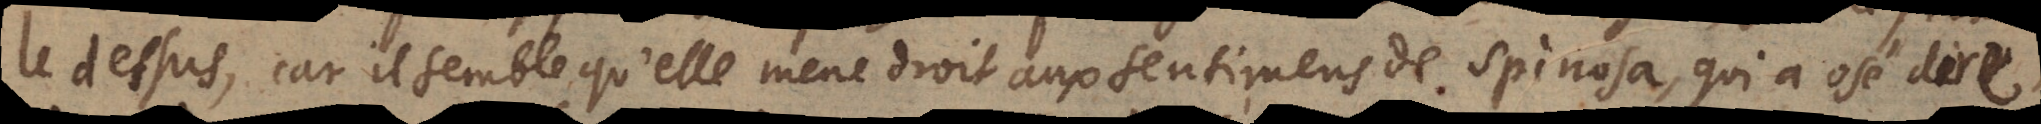
le dessus, car il semble qu’elle mene droit aux sentimens de Spinosa, qui a osé dire,